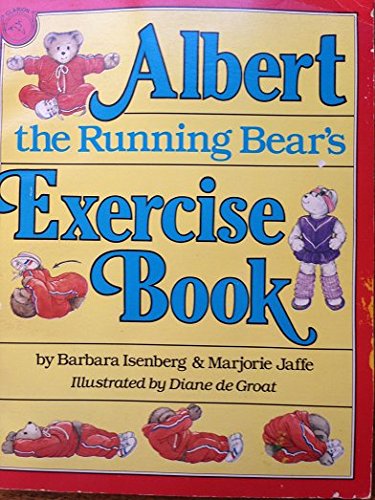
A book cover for Albert the Running Bear's Exercise Book; Barbara Isenberg; Health, Fitness & Dieting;